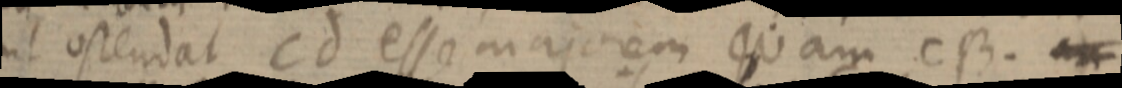
ut ostendat Cd esse majorem quam CB. _